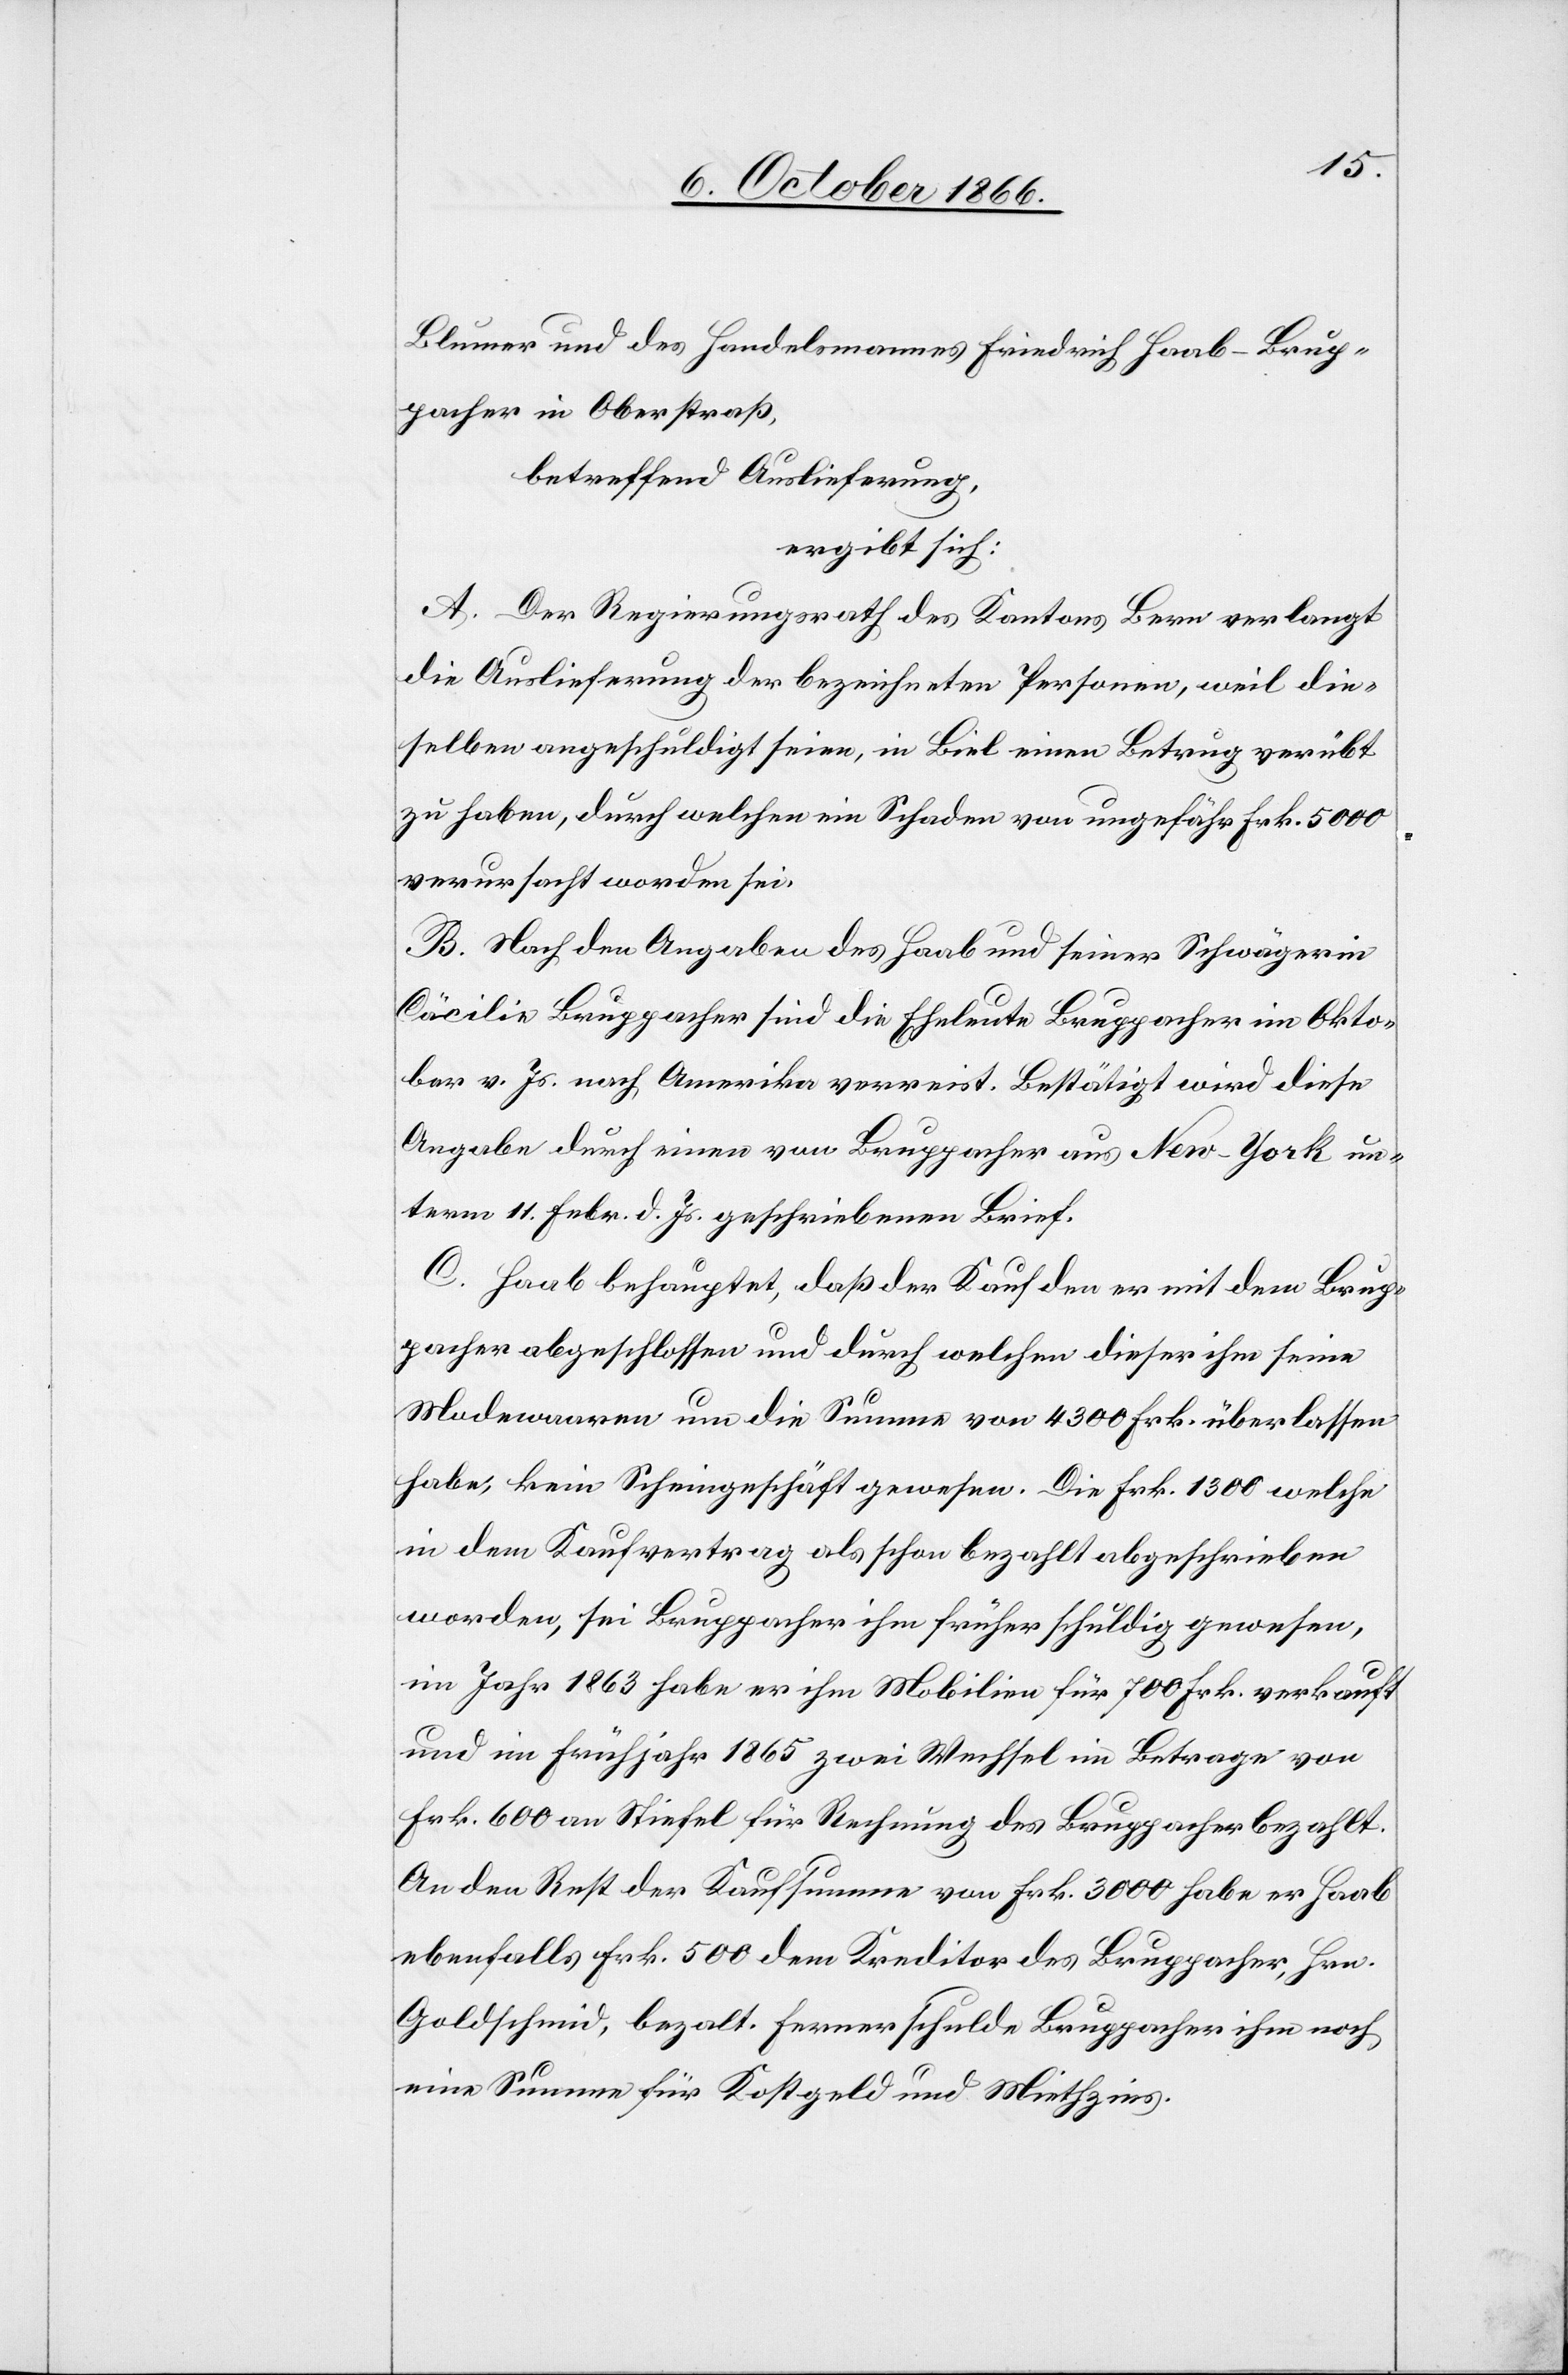
Blumer und des Handelsmannes Friedrich Haab-Brup¬
pacher in Oberstraß,
betreffend Auslieferung,
ergibt sich:
A. Der Regierungsrath des Kantons Bern verlangt
die Auslieferung der bezeichneten Personen, weil die¬
selben angeschuldigt seien, in Biel einen Betrug verübt
zu haben, durch welchen ein Schaden von ungefähr Frk. 5000
verursacht worden sei.
B. Nach den Angaben des Haab und seiner Schwägerin
Cäcilie Bruppacher sind die Eheleute Bruppacher im Okto¬
ber v. Js. nach Amerika verreist. Bestätigt wird diese
Angabe durch einen von Bruppacher aus New-York un¬
term 11. Febr. d. Js. geschriebenen Brief.
C. Haab behauptet, daß der Kauf den er mit dem Brup¬
pacher abgeschlossen und durch welchen dieser ihm seine
Modewaaren um die Summe von 4300 Frk. überlassen
habe, kein Scheingeschäft gewesen. Die Frk. 1300 welche
in dem Kaufvertrag als schon bezahlt abgeschrieben
worden, sei Bruppacher ihm früher schuldig gewesen,
im Jahr 1863 habe er ihm Mobilien für 700 Frk. verkauft
und im Frühjahr 1865 zwei Wechsel im Betrage von
Frk. 600 an Stiefel für Rechnung des Bruppacher bezahlt.
An den Rest der Kaufsumme von Frk. 3000 habe er[,] Haab[,]
ebenfalls Frk. 500 dem Kreditor des Bruppacher, Hrn.
Goldschmid, bezahlt. Ferner schulde Bruppacher ihm noch
eine Summe für Kostgeld und Miethzins.